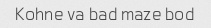
Kohne va bad maze bod